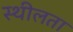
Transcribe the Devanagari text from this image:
स्थीलता